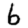
Digit: 6